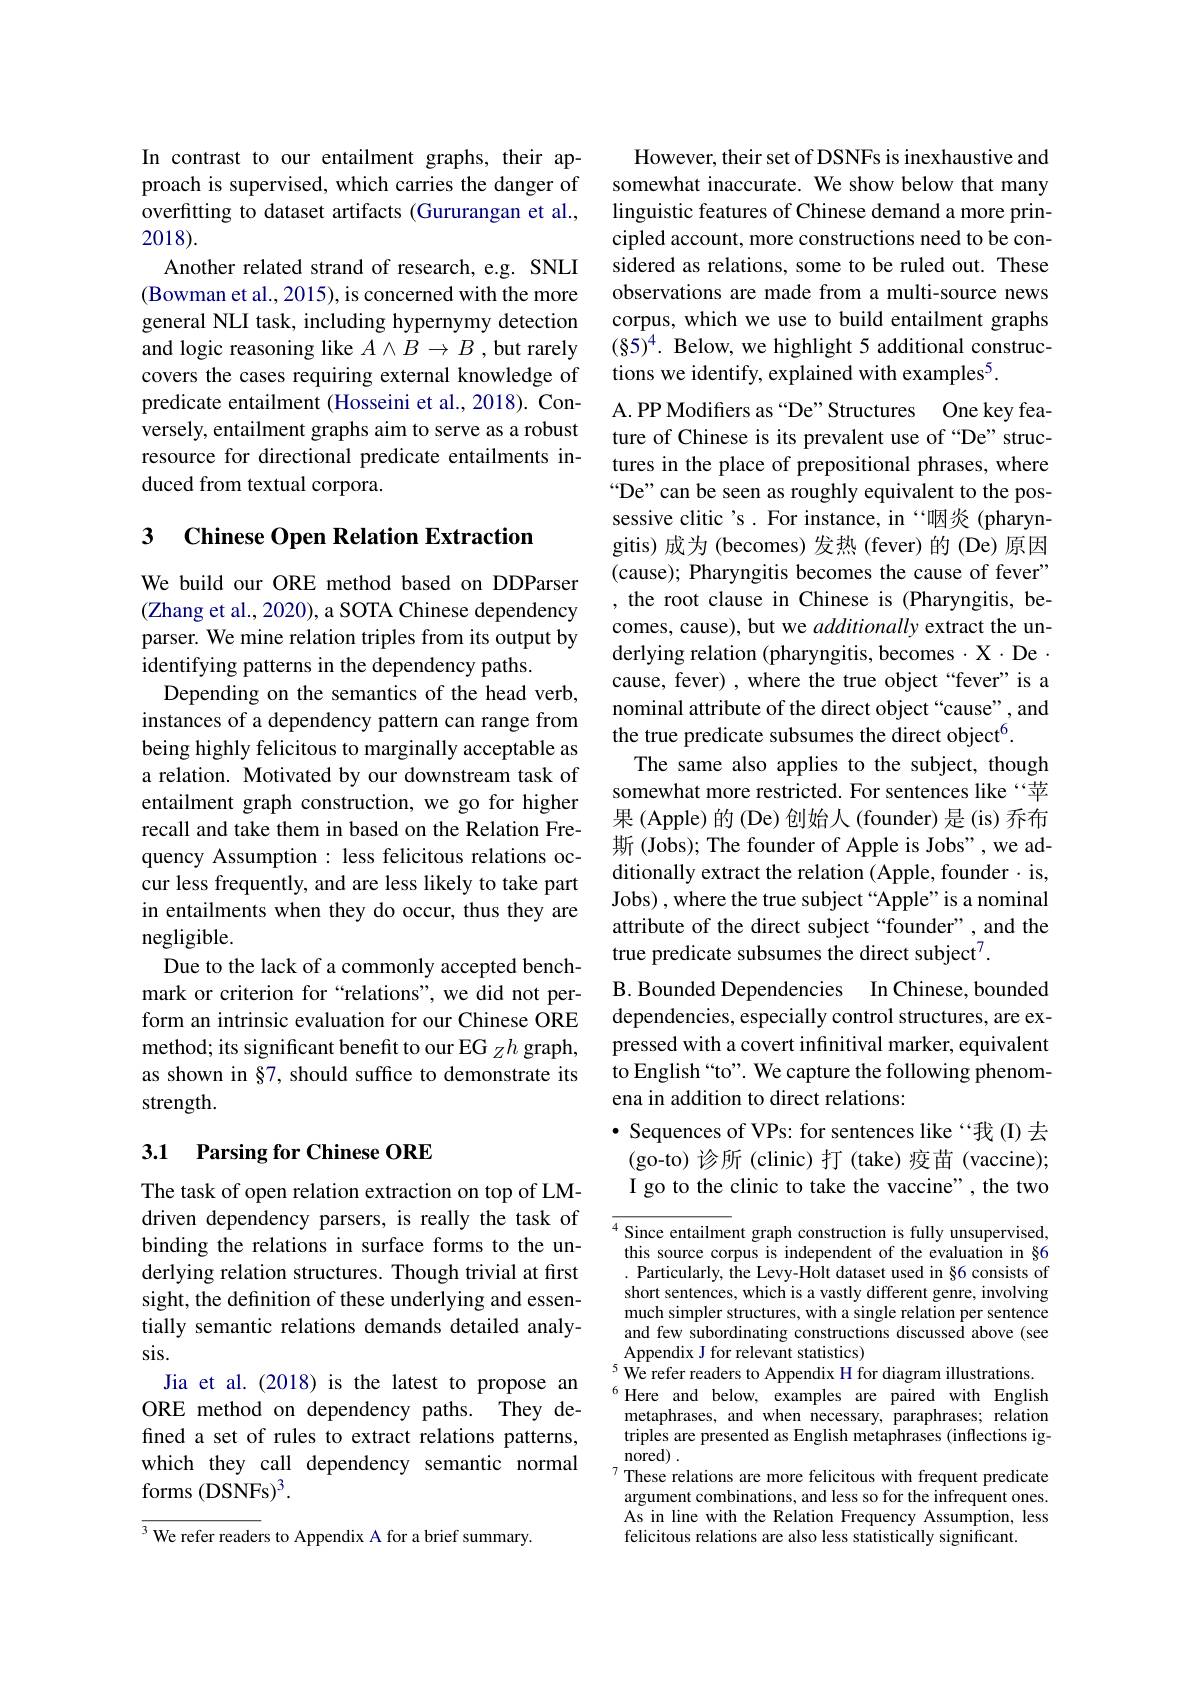
In contrast to our entailment graphs, their approach is supervised, which carries the danger of overfitting to dataset artifacts (Gururangan et al., 2018).
Another related strand of research, e.g. SNLI (Bowman et al., 2015), is concerned with the more general NLI task, including hypernymy detection and logic reasoning like $A\land B\to B$ ,but rarely covers the cases requiring external knowledge of predicate entailment (Hosseini et al., 2018). Conversely, entailment graphs aim to serve as a robust resource for directional predicate entailments induced from textual corpora.

# 3 Chinese Open Relation Extraction

We build our ORE method based on DDParser (Zhang et al., 2020), a SOTA Chinese dependency parser. We mine relation triples from its output by identifying patterns in the dependency paths.
Depending on the semantics of the head verb, instances of a dependency pattern can range from being highly felicitous to marginally acceptable as a relation. Motivated by our downstream task of entailment graph construction, we go for higher recall and take them in based on the Relation Frequency Assumption : less felicitous relations occur less frequently, and are less likely to take part in entailments when they do occur, thus they are negligible.
Due to the lack of a commonly accepted benchmark or criterion for “relations”, we did not perform an intrinsic evaluation for our Chinese ORE method; its significant benefit to our EG $_Zh$ graph, as shown in §7, should suffice to demonstrate its strength.

## 3.1 Parsing for Chinese ORE

The task of open relation extraction on top of LMdriven dependency parsers, is really the task of binding the relations in surface forms to the underlying relation structures. Though trivial at first sight, the definition of these underlying and essentially semantic relations demands detailed analysis.
Jia et al.(2018) is the latest to propose an ORE method on dependency paths. They defined a set of rules to extract relations patterns, which they call dependency semantic normal forms (DSNFs)$^3.$

$\overline{^3\text{We refer readers to Appendix A for a brief summary.}}$

However, their set of DSNFs is inexhaustive and somewhat inaccurate. We show below that many linguistic features of Chinese demand a more principled account, more constructions need to be considered as relations, some to be ruled out. These observations are made from a multi-source news corpus, which we use to build entailment graphs $(\S5)^4.$ Below, we highlight 5 additional constructions we identify, explained with examples$^5.$

A. PP Modifers as“De”Structures One key feature of Chinese is its prevalent use of “De” structures in the place of prepositional phrases, where “De” can be seen as roughly equivalent to the possessive clitic's. For instance, in “咽炎(pharyngitis) 成为 (becomes) 发热 (fever)的 (De)原因(cause); Pharyngitis becomes the cause of fever" ,the root clause in Chinese is (Pharyngitis, becomes, cause), but we additionally extract the underlying relation (pharyngitis, becomes $\cdot$ X $\cdot$ De $\cdot$ cause, fever) , where the true object “fever”is a nominal attribute of the direct object “cause”, and the true predicate subsumes the direct object$^{6}.$
The same also applies to the subject, though somewhat more restricted. For sentences like“苹果 (Apple) 的 (De) 创始人 (founder) 是 (is) 乔布斯 (Jobs); The founder of Apple is Jobs", we additionally extract the relation (Apple, founder $\cdot$ is, Jobs) , where the true subject “Apple” is a nominal attribute of the direct subject“founder”, and the true predicate subsumes the direct subject$^{7}.$
B. Bounded Dependencies In Chinese, bounded dependencies, especially control structures, are expressed with a covert infinitival marker, equivalent to English “to”. We capture the following phenomena in addition to direct relations:
· Sequences of VPs: for sentences like“我(I)去(go-to) 诊所 (clinic) 打 (take) 疫苗 (vaccine); I go to the clinic to take the vaccine", the two $\overline{{^4\text{Since entailme}}}$nt graph construction is fully unsupervised, this source corpus is independent of the evaluation in §6 . Particularly, the Levy-Holt dataset used in §6 consists of short sentences, which is a vastly different genre, involving much simpler structures, with a single relation per sentence and few subordinating constructions discussed above (see Appendix J for relevant statistics)
We refer readers to Appendix H for diagram illustrations. $^{6}$Here and below, examples are paired with English metaphrases, and when necessary, paraphrases; relation triples are presented as English metaphrases (inflections ignored) .
These relations are more felicitous with frequent predicate

argument combinations, and less so for the infrequent ones. As in line with the Relation Frequency Assumption, less felicitous relations are also less statistically significant